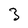
Character: 3